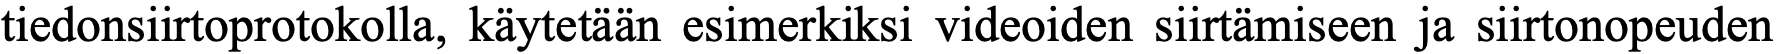
tiedonsiirtoprotokolla, käytetään esimerkiksi videoiden siirtämiseen ja siirtonopeuden